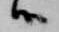
候